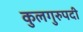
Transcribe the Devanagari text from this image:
कुलगुरुपदी